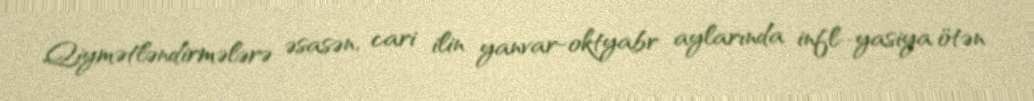
Qiymətləndirmələrə əsasən, cari ilin yanvar-oktyabr aylarında infl­­yasiya ötən